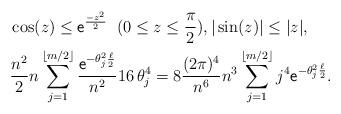
LaTeX: \begin{align*} & \cos(z) \le \mathsf{e}^{\frac{-z^2}{2}} \; \; (0 \le z \le \frac{\pi}{2}), |\sin(z)| \leq |z|, \\& \frac{n^2}{2} n \sum_{j=1}^{\lfloor m/2 \rfloor} \frac{\mathsf{e}^{-\theta_j^2 \frac{\ell}{2}}} {n^2} 16 \, \theta_j^4 = 8 \frac{(2\pi)^4}{n^6} n^3 \sum_{j=1}^{\lfloor m/2 \rfloor} j^4\mathsf{e}^{-\theta_j^2 \frac{\ell}{2}}. \end{align*}